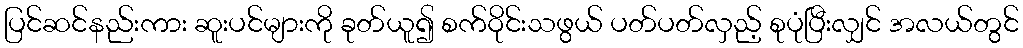
ပြင်ဆင်နည်းကား ဆူးပင်များကို ခုတ်ယူ၍ စက်ဝိုင်းသဖွယ် ပတ်ပတ်လှည့် စုပုံပြီးလျှင် အလယ်တွင်